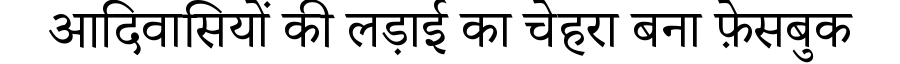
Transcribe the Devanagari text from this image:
आदिवासियों की लड़ाई का चेहरा बना फ़ेसबुक